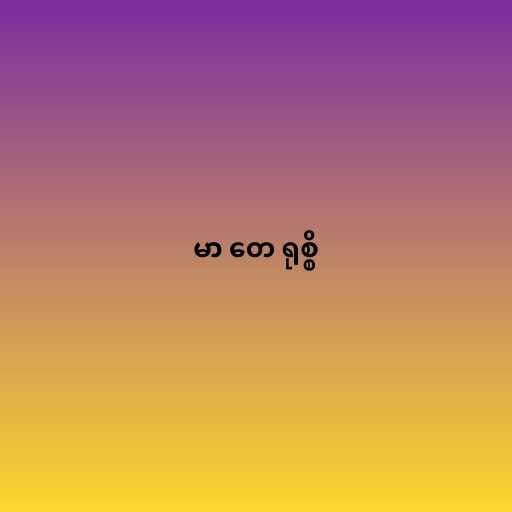
မာ တေ ရုစ္စိ